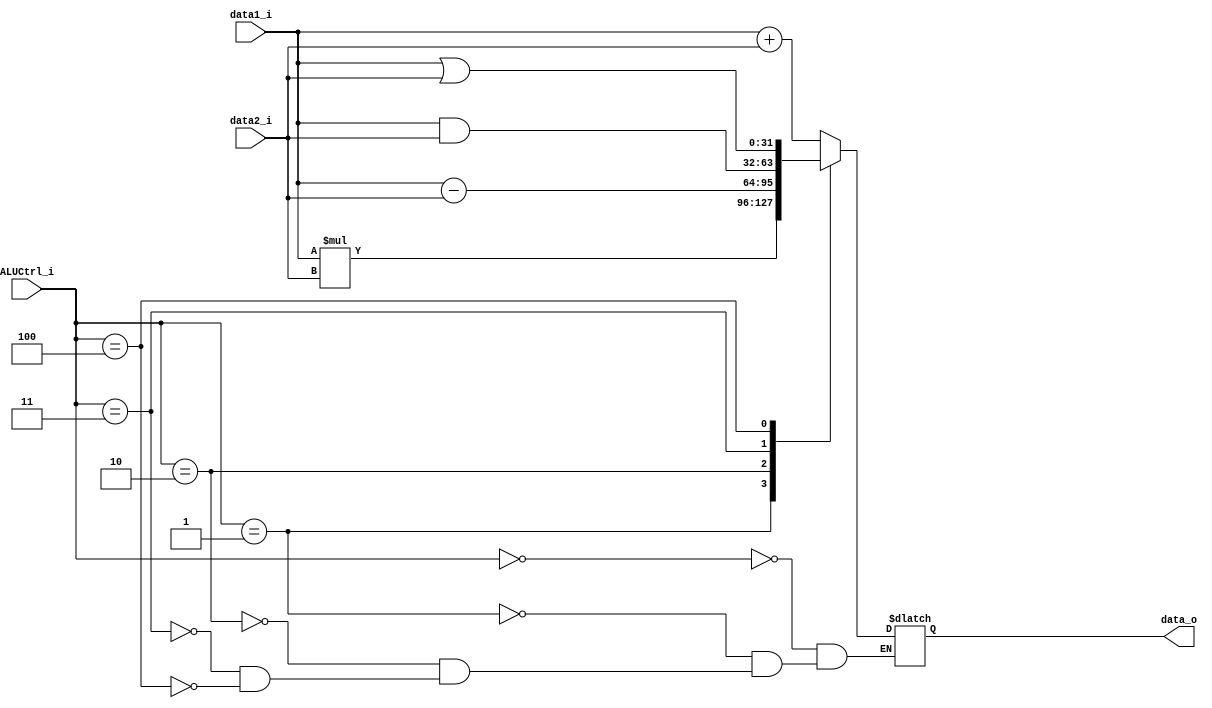
module ALU
(
    data1_i,
    data2_i,
    ALUCtrl_i,
    data_o
);

input	[31:0]	data1_i, data2_i;
input	[2:0]	ALUCtrl_i;
output	reg [31:0]	data_o;

always @(*) begin
	case(ALUCtrl_i)
		3'b000:	data_o = data1_i + data2_i;	//add
		3'b001:	data_o = data1_i * data2_i;	//mul
		3'b010:	data_o = data1_i - data2_i;	//sub
		3'b011:	data_o = data1_i & data2_i;	//and
		3'b100:	data_o = data1_i | data2_i;	//sub
	endcase
end

endmodule